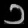
Digit: ၁